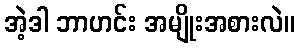
အဲ့ဒါ ဘာဟင်း အမျိုးအစားလဲ။